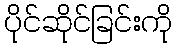
ပိုင်ဆိုင်ခြင်းကို